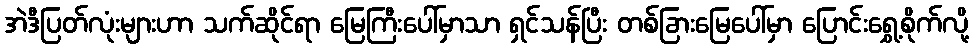
အဲဒီပြတ်လုံးများဟာ သက်ဆိုင်ရာ မြေကြီးပေါ်မှာသာ ရှင်သန်ပြီး တစ်ခြားမြေပေါ်မှာ ပြောင်းရွှေ့စိုက်လို့